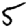
Digit: 5